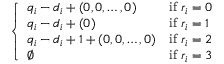
\left\{ \begin{array} { l l } { q _ { i } - d _ { i } + ( 0 , 0 , \dots , 0 ) } & { \mathrm { i f ~ } r _ { i } = 0 } \\ { q _ { i } - d _ { i } + ( 0 ) } & { \mathrm { i f ~ } r _ { i } = 1 } \\ { q _ { i } - d _ { i } + 1 + ( 0 , 0 , \dots , 0 ) } & { \mathrm { i f ~ } r _ { i } = 2 } \\ { \emptyset } & { \mathrm { i f ~ } r _ { i } = 3 } \end{array} \right.